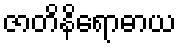
ဇာတိနိရောဓာယ